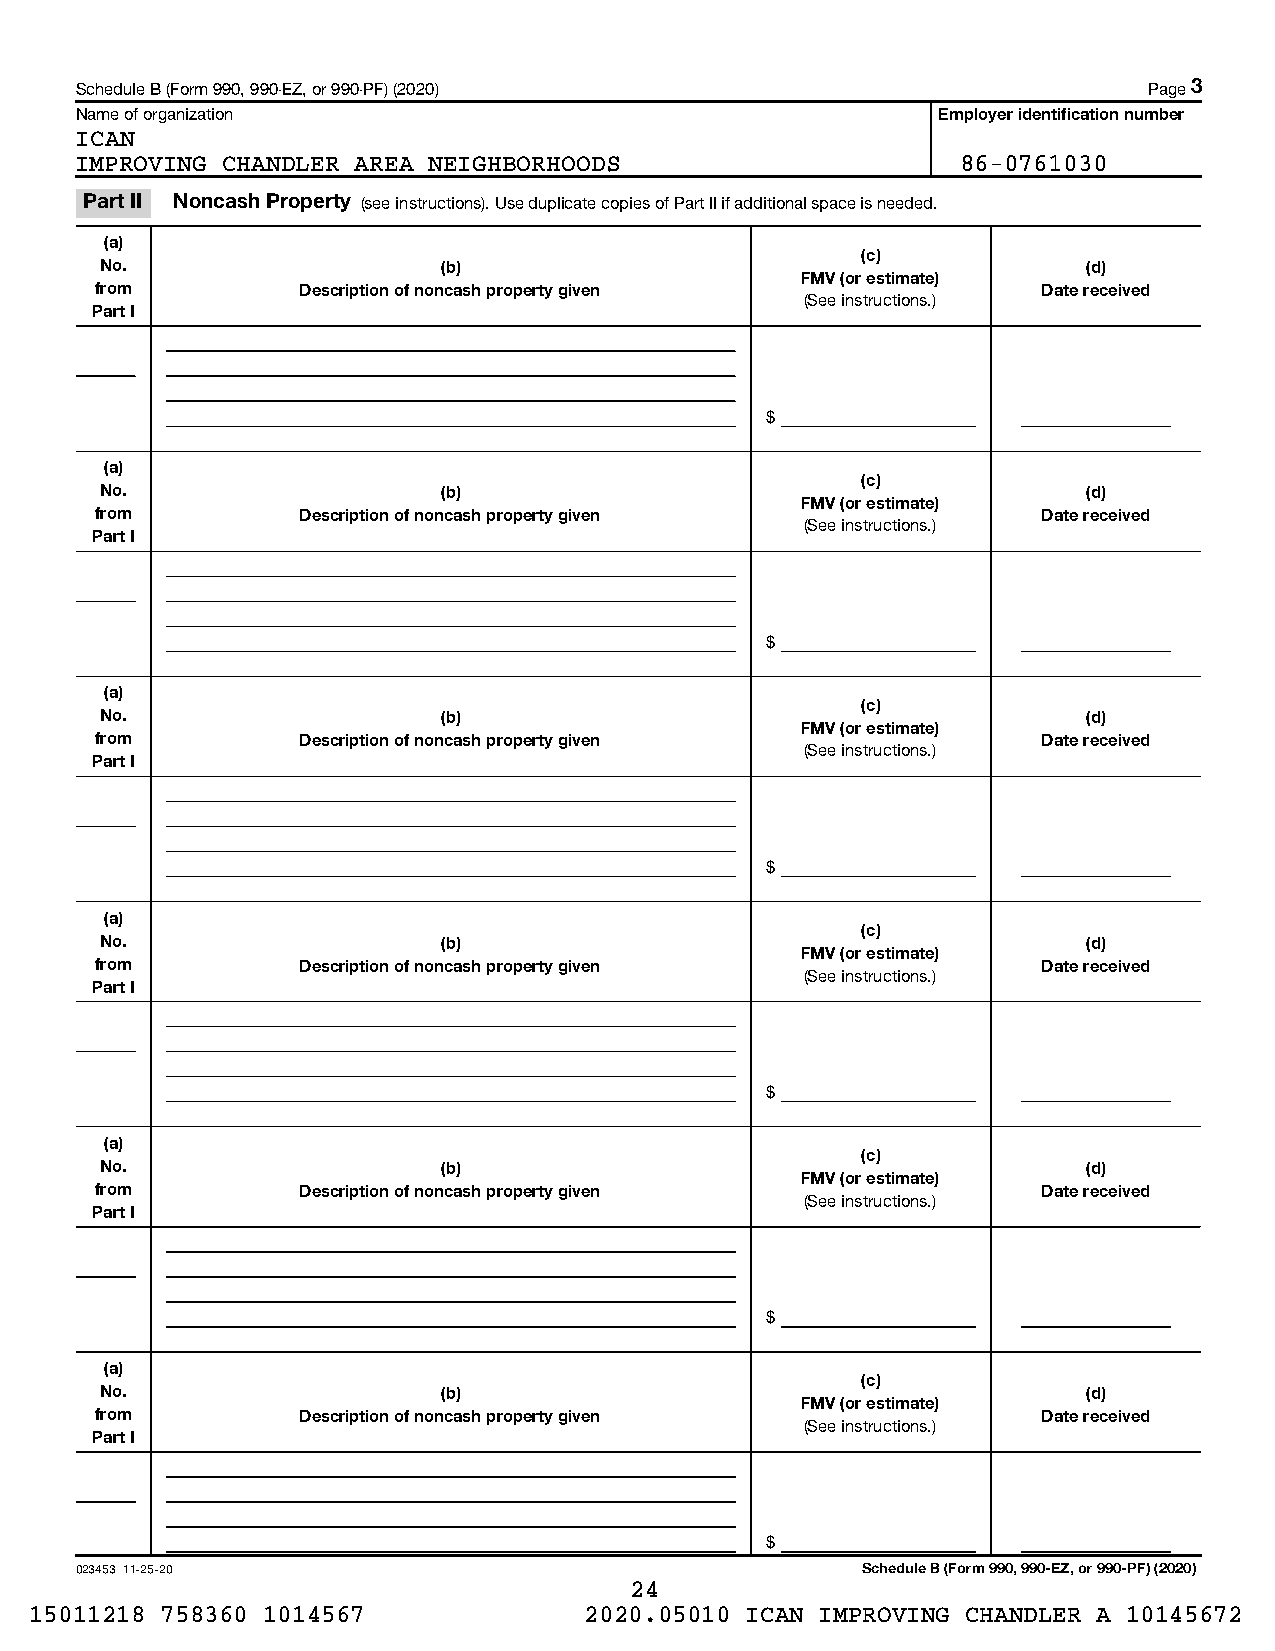
Schedule B (Form 990, 990-EZ, or 990-PF) (2020)                        Page 3
 Name of organization                                     Employer identification number
 ICAN
 IMPROVING CHANDLER AREA NEIGHBORHOODS                      86-0761030
 Part II Noncash Property (see instructions). Use duplicate copies of Part II if additional space is needed.
 (a)
 (c)
 No.                   (b)                                        (d)
 FMV (or estimate)
 from          Description of noncash property given            Date received
 (See instructions.)
 Part I
 $
 (a)
 (c)
 No.                   (b)                                        (d)
 FMV (or estimate)
 from          Description of noncash property given            Date received
 (See instructions.)
 Part I
 $
 (a)
 (c)
 No.                   (b)                                        (d)
 FMV (or estimate)
 from          Description of noncash property given            Date received
 (See instructions.)
 Part I
 $
 (a)
 (c)
 No.                   (b)                                        (d)
 FMV (or estimate)
 from          Description of noncash property given            Date received
 (See instructions.)
 Part I
 $
 (a)
 (c)
 No.                   (b)                                        (d)
 FMV (or estimate)
 from          Description of noncash property given            Date received
 (See instructions.)
 Part I
 $
 (a)
 (c)
 No.                   (b)                                        (d)
 FMV (or estimate)
 from          Description of noncash property given            Date received
 (See instructions.)
 Part I
 $
 023453 11-25-20                                     Schedule B (Form 990, 990-EZ, or 990-PF) (2020)
 24
 15011218 758360 1014567              2020.05010 ICAN IMPROVING CHANDLER A 10145672